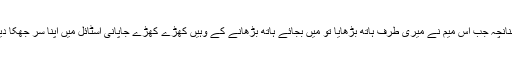
چنانچہ جب اس میم نے میری طرف ہاتھ بڑھایا تو میں بجائے ہاتھ بڑھانے کے وہیں کھڑے کھڑے جاپانی اسٹائل میں اپنا سر جھکا دیا۔